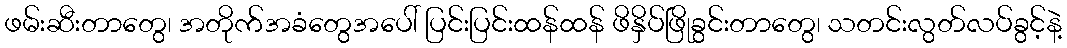
ဖမ်းဆီးတာတွေ၊ အတိုက်အခံတွေအပေါ် ပြင်းပြင်းထန်ထန် ဖိနှိပ်ဖြိုခွင်းတာတွေ၊ သတင်းလွတ်လပ်ခွင့်နဲ့